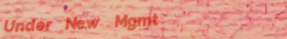
Under New Mgmt